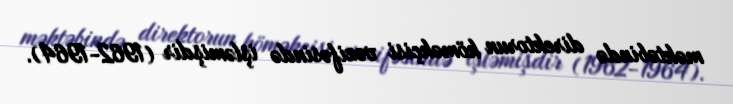
məktəbində direktorun köməkçisi vəzifəsində işləmişdir (1962-1964).